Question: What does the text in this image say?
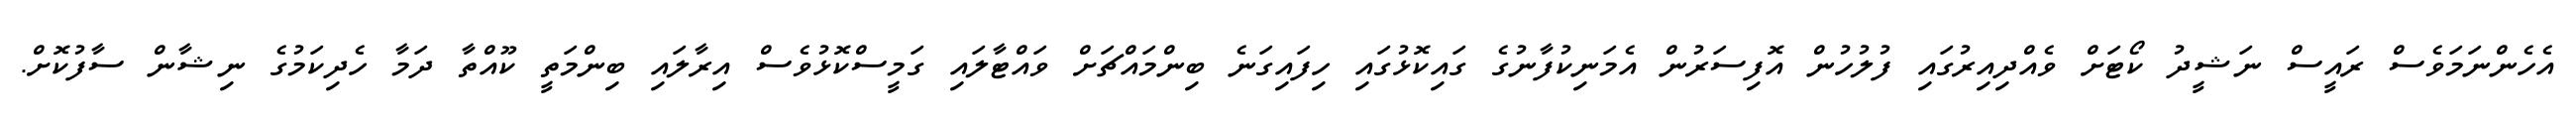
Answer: އެހެންނަމަވެސް ރައީސް ނަޝީދު ކޯޓަށް ވެއްދިއިރުގައި ފުލުހުން އޮފިސަރުން އެމަނިކުފާނުގެ ގައިކޮޅުގައި ހިފައިގަނެ ބިންމައްޗަށް ވައްޓާލައި ގަމީސްކޮޅުވެސް އިރާލައި ބިންމަތީ ކޫއްތާ ދަމާ ހެދިކަމުގެ ނިޝާން ސާފުކޮށް.